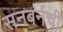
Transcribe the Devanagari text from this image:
सनबर्नची